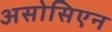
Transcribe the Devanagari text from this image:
असोसिएन